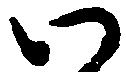
い